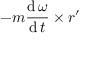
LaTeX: - m { \frac { \operatorname { d } { \boldsymbol { \omega } } } { \operatorname { d } t } } \times { \boldsymbol { r ^ { \prime } } }